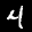
Label: 4